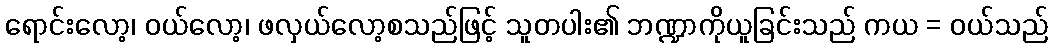
ရောင်းလော့၊ ဝယ်လော့၊ ဖလှယ်လော့စသည်ဖြင့် သူတပါး၏ ဘဏ္ဍာကိုယူခြင်းသည် ကယ = ဝယ်သည်